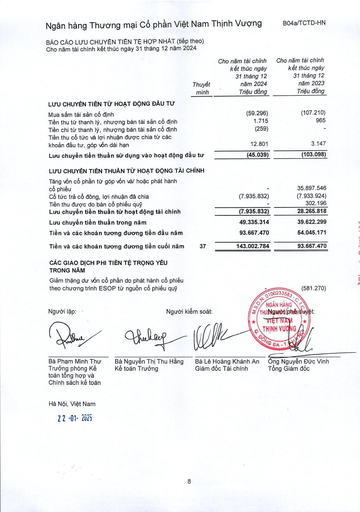
||Thuyết minh|Cho năm tài chính kết thúc ngày 31 tháng 12 năm 2024 Triệu đồng|Cho năm tài chính kết thúc ngày 31 tháng 12 năm 2023 Triệu đồng| |---|---|---|---| |LƯU CHUYỂN TIỀN TỪ HOẠT ĐỘNG ĐẦU TƯ|||| |Mua sắm tài sản cố định||(59.296)|(107.210)| |Tiền thu từ thanh lý nhượng bán tài sản cố định||1.715|965| |Tiền chi từ thanh lý, nhượng bán tài sản cố định||(259)|| |Tiền thu cổ tức và lợi nhuận được chia từ các khoản đầu tư, góp vốn dài hạn||12.801|3.147| |Lưu chuyển tiền thuần sử dụng vào hoạt động đầu tư||(45.039)|(103.098)| |LƯU CHUYỂN TIỀN THUẦN TỪ HOẠT ĐỘNG TÀI|CHÍNH||| |Tăng vốn cổ phần tiếp góp vốn và/hoặc phát hành cổ phiếu|||35.897.546| |Cổ tức trả cổ đông, lợi nhuận đã chia||(7.935.832)|(7.933.924)| |Tiền thu được do bán cổ phiếu quỹ|||302.196| |Lưu chuyển tiền thuần từ hoạt động tài chính||(7.935.832)|28.265.818| |Lưu chuyển tiền thuần trong năm||49.335.314|39.622.299| |Tiền và các khoản tương đương tiền đầu năm||93.667.470|54.045.171| |Tiền và các khoản tương đương tiền cuối năm|37|143.002.784|93.667.470|